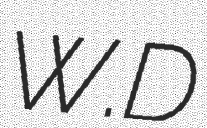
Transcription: W.D